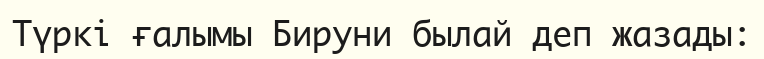
Түркі ғалымы Бируни былай деп жазады: